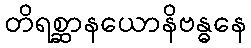
တိရစ္ဆာနယောနိဗန္ဓနေ